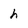
Character: h